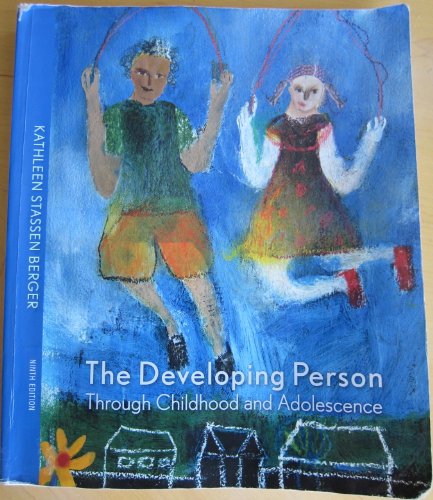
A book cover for Developing Person through Childhood and Adolescence, 9th Edition; Kathleen Stassen Berger; Health, Fitness & Dieting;